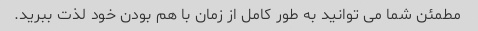
مطمئن شما می توانید به طور کامل از زمان با هم بودن خود لذت ببرید.